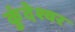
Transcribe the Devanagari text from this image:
कुंदेश्वर